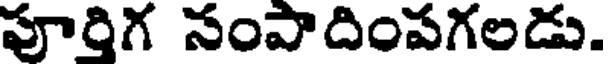
పూరిగ సంపాదింపగలడు.